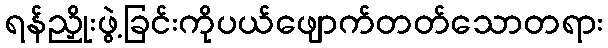
ရန်ညှိုးဖွဲ့ခြင်းကိုပယ်ဖျောက်တတ်သောတရား